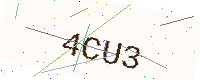
Text: 4CU3